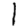
Digit: 1